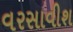
વરસાવીશ